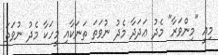
މިއީ "މިންވަރާ" މެދު ޢަދަދާ މެދު ނުވަތަ ތަނަކާއި މީހަކާ މެދު ނުވަތަ